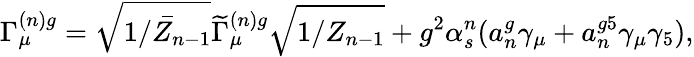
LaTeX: \Gamma_{\mu}^{(n)g}=\sqrt{\bar{1/Z_{n-1}}}\widetilde{\Gamma}_{\mu}^{(n)g}\sqrt{1/Z_{n-1}}+g^{2}\alpha_{s}^{n}(a_{n}^{g}\gamma_{\mu}+a_{n}^{g5}\gamma_{\mu}\gamma_{5}),